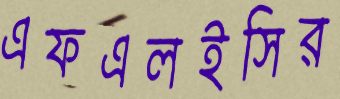
এফএলইসির